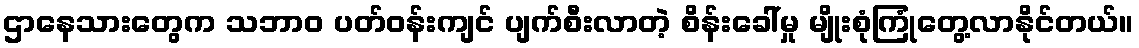
ဌာနေသားတွေက သဘာဝ ပတ်ဝန်းကျင် ပျက်စီးလာတဲ့ စိန်းခေါ်မှု မျိုးစုံကြုံတွေ့လာနိုင်တယ်။